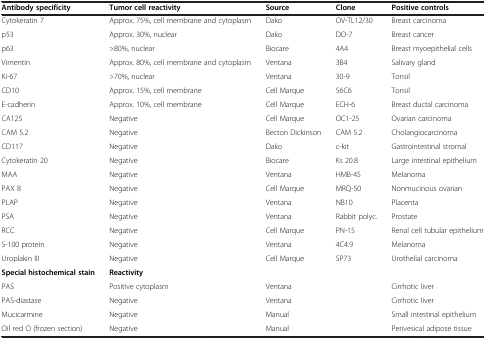
| Antibody specificity | Tumor cell reactivity | Source | Clone | Positive controls |
 | --- | --- | --- | --- | --- |
 | Cytokeratin 7 | Approx. 75%, cell membrane and cytoplasm | Dako | OV-TL12/30 | Breast carcinoma |
 | p53 | Approx. 30%, nuclear | Dako | DO-7 | Breast cancer |
 | p63 | >80%, nuclear | Biocare | 4A4 | Breast myoepithelial cells |
 | Vimentin | Approx. 80%, cell membrane and cytoplasm | Ventana | 3B4 | Salivary gland |
 | Ki-67 | >70%, nuclear | Ventana | 30-9 | Tonsil |
 | CD10 | Approx. 15%, cell membrane | Cell Marque | 56C6 | Tonsil |
 | E-cadherin | Approx. 10%, cell membrane | Cell Marque | ECH-6 | Breast ductal carcinoma |
 | CA125 | Negative | Cell Marque | OC1-25 | Ovarian carcinoma |
 | CAM 5.2 | Negative | Becton Dickinson | CAM 5.2 | Cholangiocarcinoma |
 | CD117 | Negative | Dako | c-kit | Gastrointestinal stromal |
 | Cytokeratin 20 | Negative | Biocare | Ks 20.8 | Large intestinal epithelium |
 | MAA | Negative | Ventana | HMB-45 | Melanoma |
 | PAX 8 | Negative | Cell Marque | MRQ-50 | Nonmucinous ovarian |
 | PLAP | Negative | Ventana | NB10 | Placenta |
 | PSA | Negative | Ventana | Rabbit polyc. | Prostate |
 | RCC | Negative | Cell Marque | PN-15 | Renal cell tubular epithelium |
 | S-100 protein | Negative | Ventana | 4C4.9 | Melanoma |
 | Uroplakin III | Negative | Cell Marque | SP73 | Urothelial carcinoma |
 | Special histochemical stain | Reactivity |  |  |  |
 | PAS | Positive cytoplasm | Ventana |  | Cirrhotic liver |
 | PAS-diastase | Negative | Ventana |  | Cirrhotic liver |
 | Mucicarmine | Negative | Manual |  | Small intestinal epithelium |
 | Oil red O (frozen section) | Negative | Manual |  | Perivesical adipose tissue |